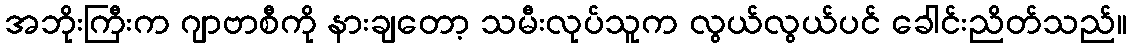
အဘိုးကြီးက ဂျာဗာစီကို နားချတော့ သမီးလုပ်သူက လွယ်လွယ်ပင် ခေါင်းညိတ်သည်။